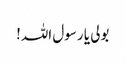
بولی یا رسول اللہ!